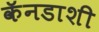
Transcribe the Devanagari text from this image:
कॅनडाशी